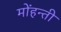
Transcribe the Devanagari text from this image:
मोंहन्ती